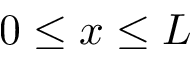
0 \leq x \leq L